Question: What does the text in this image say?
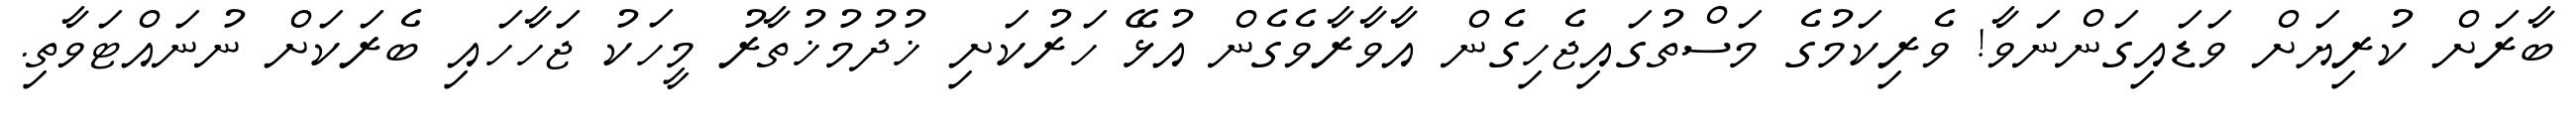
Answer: ބާރަށް ކުރިޔަށް ވަޑައިގަންނަވާ! ވެރިކަމުގެ މަސްތުގައިޖެހިގެން އާވާރާވެގެން އުޅޭ ހަރުކަށި ޚުދުމުޚުތާރު މީހަކު ޖަހާހައި ބެރަކަށް ނުނައްޓަވާތި.